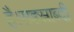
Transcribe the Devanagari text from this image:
है।सहस्राब्दी